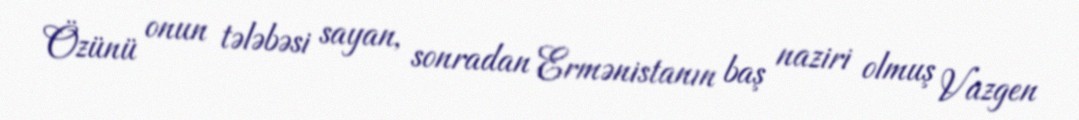
Özünü onun tələbəsi sayan, sonradan Ermənistanın baş naziri olmuş Vazgen